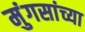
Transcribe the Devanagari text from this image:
मुंगसांच्या